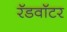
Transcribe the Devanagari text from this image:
रॅडवॉटर